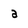
Character: a